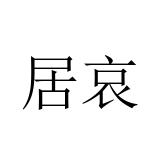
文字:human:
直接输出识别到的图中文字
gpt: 居哀